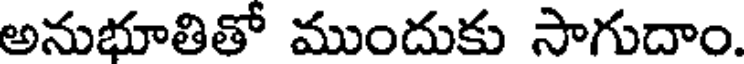
అనుభూతితో ముందుకు సాగుదాం.